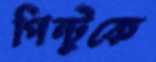
পিন্টুকে